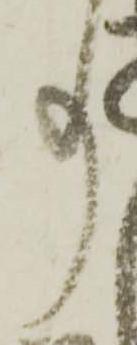
事